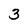
Character: 3